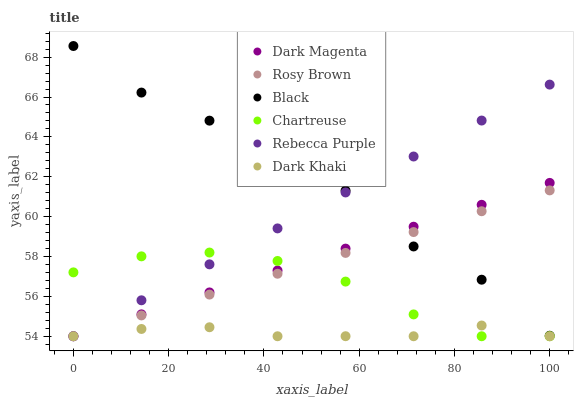
| xaxis_label | Dark Magenta | Rosy Brown | Black | Chartreuse | Rebecca Purple | Dark Khaki |
 | --- | --- | --- | --- | --- | --- | --- |
 | 0 | 54 | 54 | 68.6 | 57.2 | 54 | 54 |
 | 14.3 | 55.1 | 55 | 66.2 | 58 | 55.8 | 54.4 |
 | 28.6 | 56.2 | 56.1 | 64.8 | 58.2 | 57.6 | 54.5 |
 | 42.9 | 57.3 | 57.1 | 62.4 | 57.8 | 59.4 | 54 |
 | 57.1 | 58.4 | 58.2 | 61.3 | 56.7 | 61.2 | 54 |
 | 71.4 | 59.5 | 59.2 | 58.5 | 55.1 | 63 | 54 |
 | 85.7 | 60.6 | 60.3 | 56.8 | 54 | 64.8 | 54.5 |
 | 100 | 61.7 | 61.3 | 54 | 54 | 66.6 | 54 |